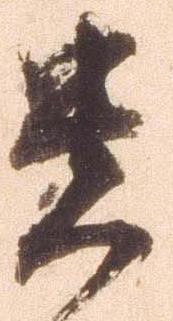
貴